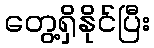
တွေ့ရှိနိုင်ပြီး